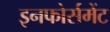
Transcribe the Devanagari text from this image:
इनफोर्समेंट